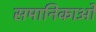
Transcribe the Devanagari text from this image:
समानिकाओं